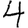
Digit: 4